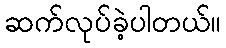
ဆက်လုပ်ခဲ့ပါတယ်။